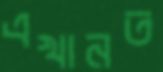
এখানত